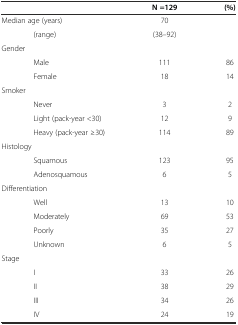
<table><thead><tr><td></td><td><b>N =129</b></td><td><b>(%)</b></td></tr></thead><tbody><tr><td>Median age (years)</td><td>70</td><td></td></tr><tr><td>(range)</td><td>(38–92)</td><td></td></tr><tr><td>Gender</td><td></td><td></td></tr><tr><td>Male</td><td>111</td><td>86</td></tr><tr><td>Female</td><td>18</td><td>14</td></tr><tr><td>Smoker</td><td></td><td></td></tr><tr><td>Never</td><td>3</td><td>2</td></tr><tr><td>Light (pack-year &lt;30)</td><td>12</td><td>9</td></tr><tr><td>Heavy (pack-year ≥30)</td><td>114</td><td>89</td></tr><tr><td>Histology</td><td></td><td></td></tr><tr><td>Squamous</td><td>123</td><td>95</td></tr><tr><td>Adenosquamous</td><td>6</td><td>5</td></tr><tr><td>Differentiation</td><td></td><td></td></tr><tr><td>Well</td><td>13</td><td>10</td></tr><tr><td>Moderately</td><td>69</td><td>53</td></tr><tr><td>Poorly</td><td>35</td><td>27</td></tr><tr><td>Unknown</td><td>6</td><td>5</td></tr><tr><td>Stage</td><td></td><td></td></tr><tr><td>I</td><td>33</td><td>26</td></tr><tr><td>II</td><td>38</td><td>29</td></tr><tr><td>III</td><td>34</td><td>26</td></tr><tr><td>IV</td><td>24</td><td>19</td></tr></tbody></table>